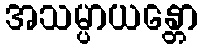
အသမ္ပာယန္တော